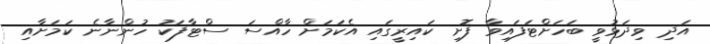
އަދި ވިދަޅުވީ ބަހަށްޓަފައިވާ ފޮށި ކައިރީގައި އެކަމަށް ހާއްސަ ސްޓާފަކު ހުންނާނެ ކަމަށާއި